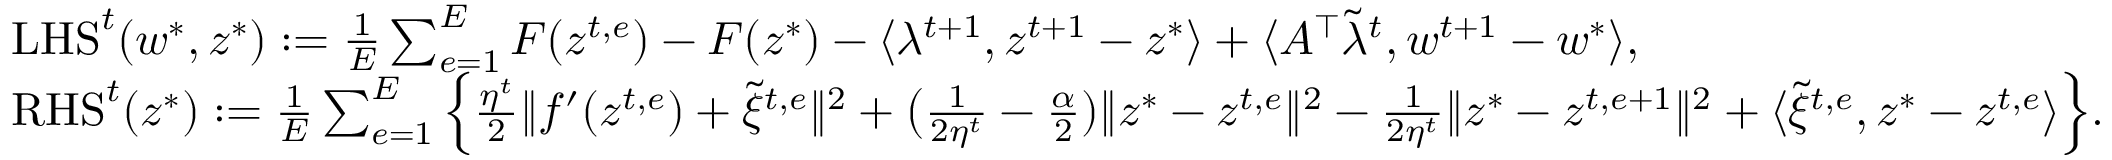
\begin{array} { r l } & { \mathrm { L H S } ^ { t } ( w ^ { * } , z ^ { * } ) : = \frac { 1 } { E } \sum _ { e = 1 } ^ { E } F ( z ^ { t , e } ) - F ( z ^ { * } ) - \langle \lambda ^ { t + 1 } , z ^ { t + 1 } - z ^ { * } \rangle + \langle A ^ { \top } \tilde { \lambda } ^ { t } , w ^ { t + 1 } - w ^ { * } \rangle , } \\ & { \mathrm { R H S } ^ { t } ( z ^ { * } ) : = \frac { 1 } { E } \sum _ { e = 1 } ^ { E } \Big \{ \frac { \eta ^ { t } } { 2 } \| f ^ { \prime } ( z ^ { t , e } ) + \tilde { \xi } ^ { t , e } \| ^ { 2 } + \big ( \frac { 1 } { 2 \eta ^ { t } } - \frac { \alpha } { 2 } ) \| z ^ { * } - z ^ { t , e } \| ^ { 2 } - \frac { 1 } { 2 \eta ^ { t } } \| z ^ { * } - z ^ { t , e + 1 } \| ^ { 2 } + \langle \tilde { \xi } ^ { t , e } , z ^ { * } - z ^ { t , e } \rangle \Big \} . } \end{array}